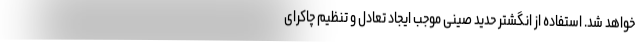
خواهد شد. استفاده از انگشتر حدید صینی موجب ایجاد تعادل و تنظیم چاکرای